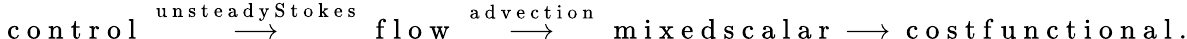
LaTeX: \mathrm{~c~o~n~t~r~o~l~}\stackrel{\mathrm{~u~n~s~t~e~a~d~y~S~t~o~k~e~s~}}{\longrightarrow}\mathrm{~f~l~o~w~}\stackrel{\mathrm{~a~d~v~e~c~t~i~o~n~}}{\longrightarrow}\mathrm{~m~i~x~e~d~s~c~a~l~a~r~}\longrightarrow\mathrm{~c~o~s~t~f~u~n~c~t~i~o~n~a~l~}.